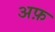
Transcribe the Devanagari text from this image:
अफ़